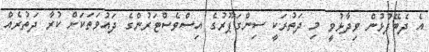
އެ ދެބޭފުޅުން ވިދާޅުވީ މި ދަތުރަކީ ސިންގަޕޫރުގެ އިސްވެސްޓަރުންގެ ދައުވަތަކަށް ކުރާ ދަތުރެއް